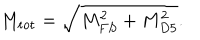
M _ { \mathrm { t o t } } = \sqrt { M _ { F S } ^ { 2 } + M _ { D 5 } ^ { 2 } } .